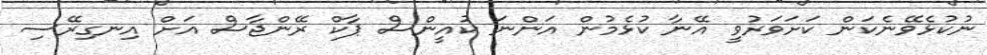
ނުކުޅެވޭނެކަން ކަށަވަރުވީ އޭނާ ކުޅެމުން އަންނަ ކުއީންސް ޕާކް ރޭންޖާސް އަށް އިނގިރޭސި